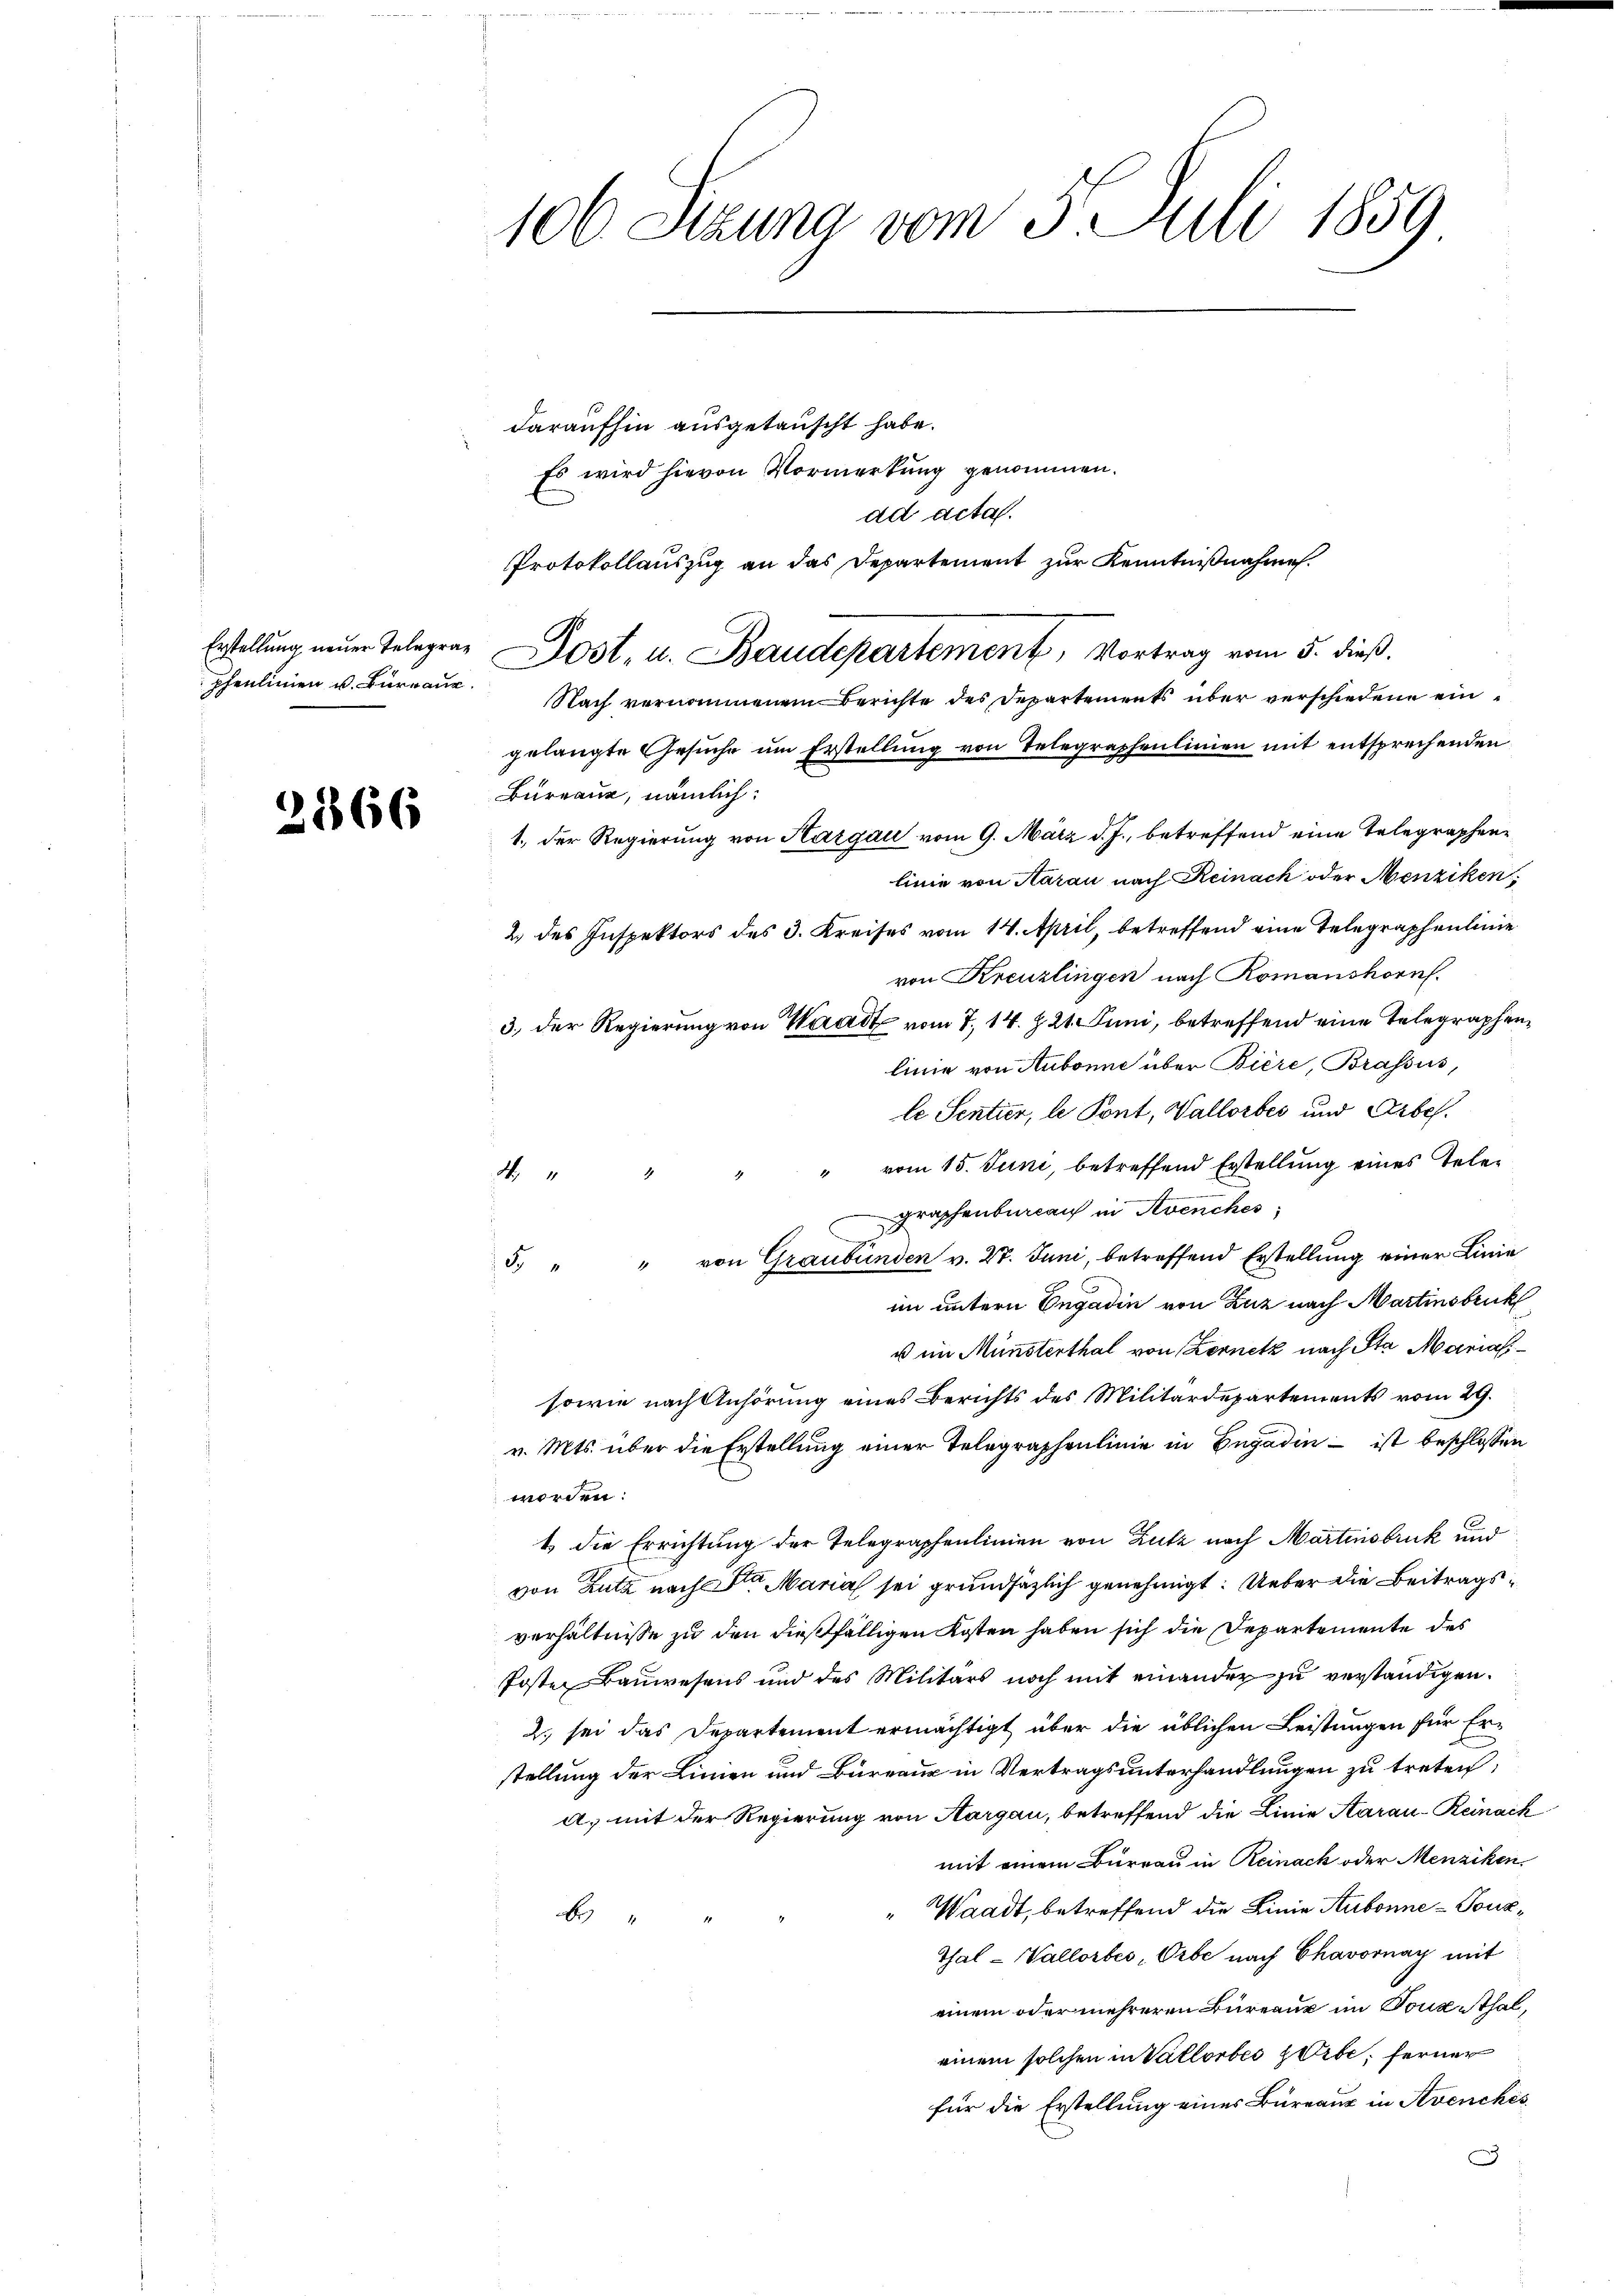
pfenlinien v. Büreaur.

2866

daraufhin ausgetauscht habe.
Es wird hievon Vormerkung genommen.
ad acta.
Protokollauszug an das Departement zur Kenntnißnahme.
Erstellung neuer Telegram ost- u. Baudepartement, Vortrag vom 5. dieß.
Nach vernommenen Berichte des Departements über verschiedene eingelangte Gesuche um Erstellung von Telegraphenlinien mit entsprechenden
Bureaue, nämlich:
1., der Regierung von Hargau vom 9. März d. J., betreffend eine Telegraphenlinie von Aarau nach Reinack oder Menziken
2 des Inspektors des 3. Kreises vom 14. April, betreffend eine Telegraphenlinie
von Kreuzlingen nach Romanshorn.
3. der Regierung von Waadt vom 7. 14. Z. 21. Juni, betreffend eine Telegraphenlinie von Aubonne über Biere, Brassus,
le Sentier, le Pont, Vallorbes und Arbes.
" vom 15. Juni, betreffend Erstellung eines Tele¬

i
graphenbureau in Avenches
5 " " von Graubünden v. 27. Juni, betreffend Erstellŭng einer Linie
im untern Engadin von Zuz nach Martinsbruck
u im Münsterthal von Lernetz nach Sta Marial
sowie nach Anhörung eines Berichts des Militärdepartements vom 29.
v. Mts. über die Erstellung einer Telegraphenlinie in Engadin – ist beschlossen
worden:
t die Errichtung der Telegraphenlinien von Zutz nach Martinsbruk und
von Lutz nach Marial sei grundsätzlich genehmigt. Ueber die Beitragsverhältnisse zu den dießfälligen Kosten haben sich die Departemente des
Posten Bauwesens und des Militärs noch mit einander zu verständigen.
2. sei das Departement ermächtigt über die üblichen Leistungen für Erstellung der Linien und Bureaux in Vertragsunterhandlungen zu treten,
a) mit der Regierung von Aargau, betreffend die Linie Aarau-Reinack
mit einem Bureau in Reinack oder Menziken
" Waadt, betreffend die Linie Stubonne - Tonkx
Thal - Vallorbes, Orbe nach Chavornay mit
einem oder mehreren Büreaux im Tonesthal,
einem solchen in Vallorbes Uibe; ferner
für die Erstellung eines Büreaux in Avenches
D

106 Sezung vom 5. Juli 1859